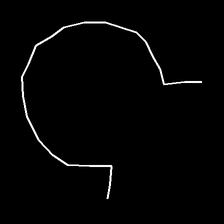
Glyph: weave